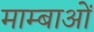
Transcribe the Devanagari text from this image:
माम्बाओं